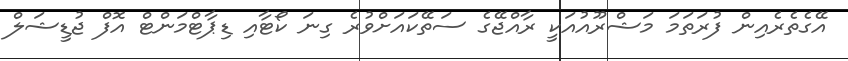
އޭގެތެރެއިން ފުރަތަމަ މަޝްރޫއުއަކީ ރާއްޖޭގެ ސަތޭކައަށްވުރެ ގިނަ ކޯޓާއި ޑިޕާޓްމަންޓް އޮފް ޖުޑީޝަލް